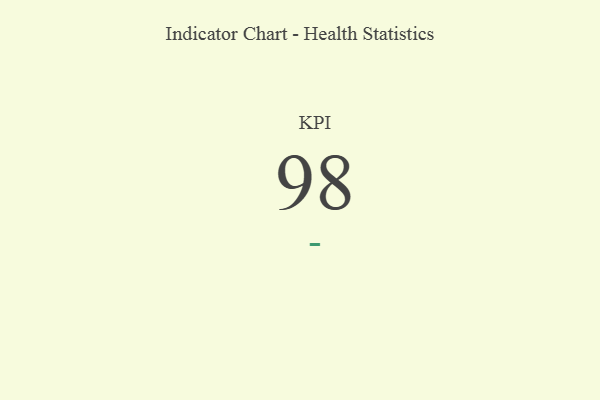
{"axis": {"x": "KPI", "y": "Value"}, "legend": [""], "data": [{"x": "KPI", "y": 98, "type": ""}]}